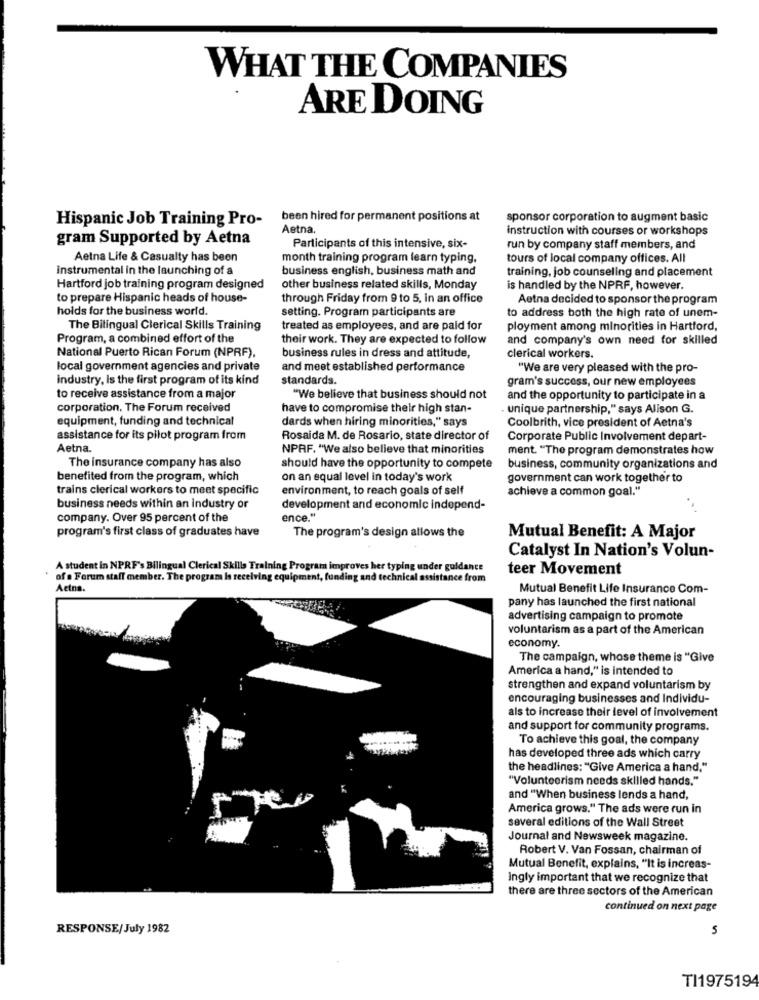
WHAT THE COMPANIES
ARE DOING
Hispanic Job Training Pro-
been hired for permanent positions at
sponsor corporation to augment basic
Aetna.
instruction with courses or workshops
gram Supported by Aetna
Participants of this intensive, six-
run by company staff members, and
Aetna Life & Casualty has been
month training program learn typing,
tours of local company offices. All
instrumental in the launching of a
business english, business math and
training, job counseling and placement
Hartford job training program designed
other business related skills, Monday
is handled by the NPRF, however.
to prepare Hispanic heads of house-
through Friday from 9 to 5, in an office
Aetna decided to sponsor the program
holds for the business world.
setting. Program participants are
to address both the high rate of unem-
The Bilingual Clerical Skills Training
treated as employees, and are paid for
ployment among minorities in Hartford,
Program, a combined effort of the
their work. They are expected to follow
and company's own need for skilled
National Puerto Rican Forum (NPRF),
business rules in dress and attitude,
clerical workers.
local government agencies and private
and meet established performance
"We are very pleased with the pro-
industry, Is the first program of its kind
standards
gram's success, our new employees
to receive assistance from a major
"We believe that business should not
and the opportunity to participate in a
corporation. The Forum received
have to compromise their high stan-
unique partnership," says Alison G.
equipment, funding and technical
dards when hiring minorities," says
Coolbrith, vice president of Aetna's
assistance for its pilot program from
Rosaida M. de Rosario, state director of
Corporate Public Involvement depart-
Aetna.
NPRF. "We also believe that minorities
ment. "The program demonstrates how
The insurance company has also
should have the opportunity to compete
business, community organizations and
benefited from the program, which
on an equal level in today's work
government can work together to
trains clerical workers to meet specific
environment, to reach goals of self
achieve a common goal."
business needs within an industry or
development and economic independ-
company. Over 95 percent of the
ence."
program's first class of graduates have
The program's design allows the
Mutual Benefit: A Major
Catalyst In Nation's Volun-
A student in NPRF's Bilingual Clerical Skills Training Programa improves her typing under guidance
teer Movement
of a Forum staff member. The program Is receiving equipment, funding and technical assistance from
Aetna.
Mutual Benefit Life Insurance Com-
pany has launched the first national
advertising campaign to promote
voluntarism as a part of the American
economy.
The campaign, whose theme is "Give
America a hand," is intended to
strengthen and expand voluntarism by
encouraging businesses and Individu-
als to increase their level of involvement
and support for community programs.
To achieve this goal, the company
has developed three ads which carry
the headlines: "Give America a hand."
"Volunteerism needs skilled hands."
and "When business lends a hand,
America grows." The ads were run in
several editions of the Wall Street
Journal and Newsweek magazine.
Robert V. Van Fossan, chairman of
Mutual Benefit, explains, "It is increas-
Ingly important that we recognize that
there are three sectors of the American
continued on next page
RESPONSE/July 1982
5
TI1975194